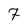
Character: 7